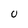
Character: U